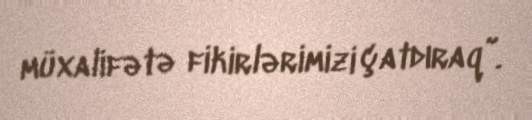
müxalifətə fikirlərimizi çatdıraq”.